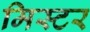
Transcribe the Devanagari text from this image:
मिस्‍टर